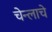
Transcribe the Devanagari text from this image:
चेन्लाचे